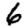
Digit: 6